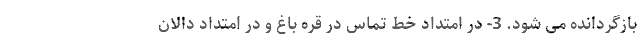
بازگردانده می شود. 3- در امتداد خط تماس در قره باغ و در امتداد دالان